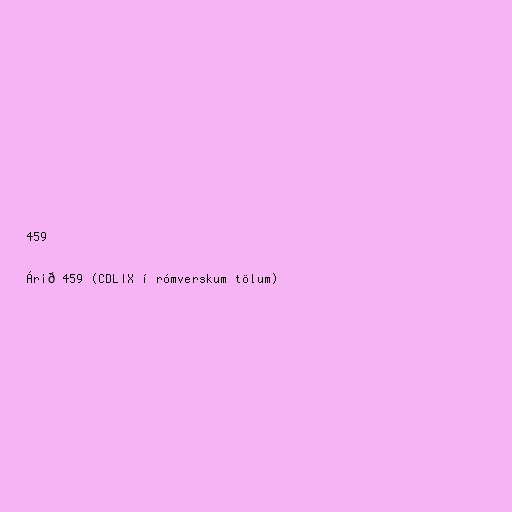
459

Árið 459 (CDLIX í rómverskum tölum)